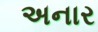
અનાર